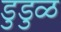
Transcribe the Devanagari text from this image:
डुडुळ